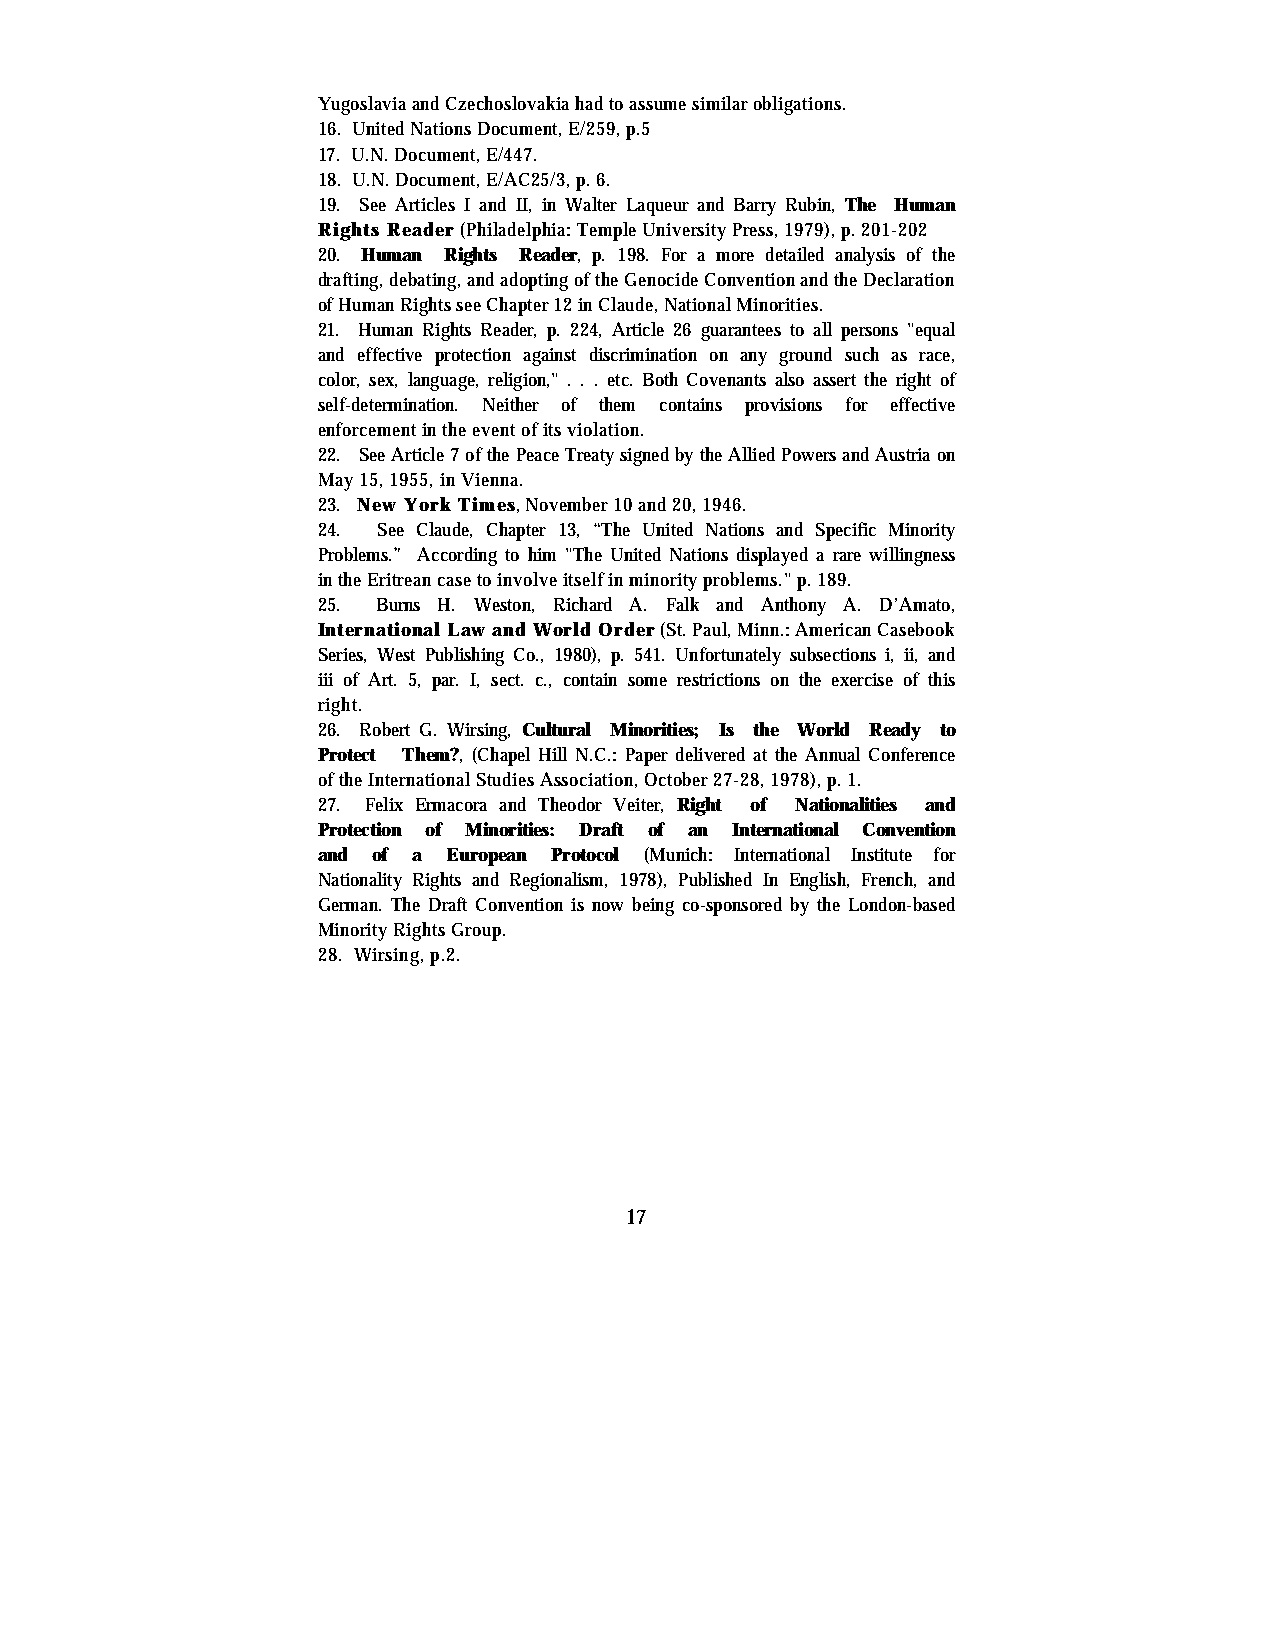
Yugoslavia and Czechoslovakia had to assume similar obligations.
 16. United Nations Document, E/259, p.5
 17. U.N. Document, E/447.
 18. U.N. Document, E/AC25/3, p. 6.
 19. See Articles I and II, in Walter Laqueur and Barry Rubin, The Human
 Rights Reader (Philadelphia: Temple University Press, 1979), p. 201-202
 20. Human Rights Reader, p. 198. For a more detailed analysis of the
 drafting, debating, and adopting of the Genocide Convention and the Declaration
 of Human Rights see Chapter 12 in Claude, National Minorities.
 21. Human Rights Reader, p. 224, Article 26 guarantees to all persons "equal
 and effective protection against discrimination on any ground such as race,
 color, sex, language, religion," . . . etc. Both Covenants also assert the right of
 self-determination. Neither of them contains provisions for effective
 enforcement in the event of its violation.
 22. See Article 7 of the Peace Treaty signed by the Allied Powers and Austria on
 May 15, 1955, in Vienna.
 23. New York Times, November 10 and 20, 1946.
 24. See Claude, Chapter 13, “The United Nations and Specific Minority
 Problems.” According to him "The United Nations displayed a rare willingness
 in the Eritrean case to involve itself in minority problems." p. 189.
 25. Burns H. Weston, Richard A. Falk and Anthony A. D’Amato,
 International Law and World Order (St. Paul, Minn.: American Casebook
 Series, West Publishing Co., 1980), p. 541. Unfortunately subsections i, ii, and
 iii of Art. 5, par. I, sect. c., contain some restrictions on the exercise of this
 right.
 26. Robert G. Wirsing, Cultural Minorities; Is the World Ready to
 Protect Them?, (Chapel Hill N.C.: Paper delivered at the Annual Conference
 of the International Studies Association, October 27-28, 1978), p. 1.
 27. Felix Ermacora and Theodor Veiter, Right of Nationalities and
 Protection of Minorities: Draft of an International Convention
 and of a European Protocol (Munich: International Institute for
 Nationality Rights and Regionalism, 1978), Published In English, French, and
 German. The Draft Convention is now being co-sponsored by the London-based
 Minority Rights Group.
 28. Wirsing, p.2.
 17